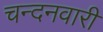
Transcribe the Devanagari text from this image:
चन्दनवारी